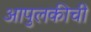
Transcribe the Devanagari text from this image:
आपुलकीची